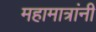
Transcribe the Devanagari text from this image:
महामात्रांनी